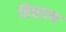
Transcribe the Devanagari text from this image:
विद्याल्य